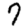
Digit: 7